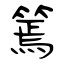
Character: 篶